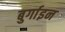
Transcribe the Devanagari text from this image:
बुर्गाइन